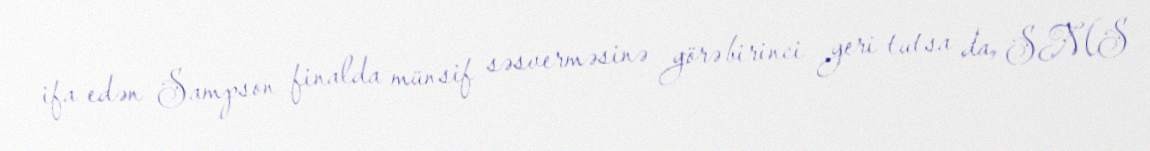
ifa edən Sampson finalda münsif səsverməsinə görə birinci yeri tutsa da, SMS